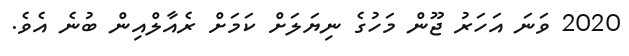
2020 ވަނަ އަހަރު ޖޫން މަހުގެ ނިޔަލަށް ކަމަށް ރެއާލްއިން ބުނެ އެވެ.